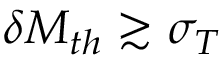
\delta M _ { t h } \gtrsim \sigma _ { T }